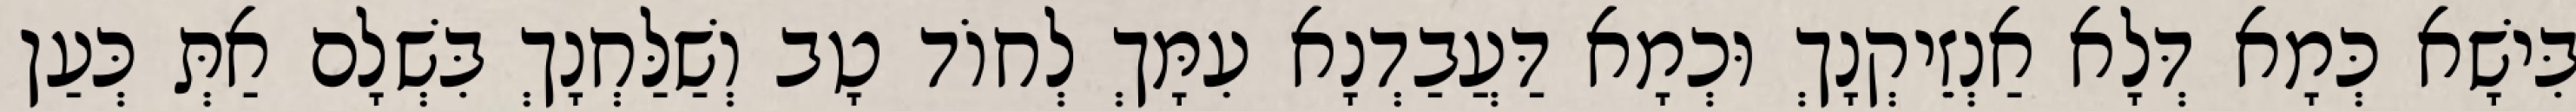
בִּישָׁא כְּמָא דְּלָא אַנְזֵיקְנָךְ וּכְמָא דַּעֲבַדְנָא עִמָּךְ לְחוֹד טָב וְשַׁלַּחְנָךְ בִּשְׁלָם אַתְּ כְּעַן